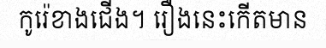
កូរ៉េខាងជើង។ រឿងនេះកើតមាន